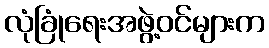
လုံခြုံရေးအဖွဲ့ဝင်များက